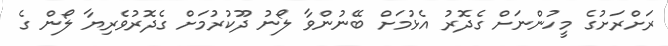
ރަށްރަށުގެ މީހުންނަށް ގެދޮރު އެޅުމަށް ބޭނުންވާ ލޯނު ދޫކުރުމަށް ގެދޮރުވެރިޔާ ލޯން ގެ